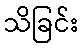
သိခြင်း